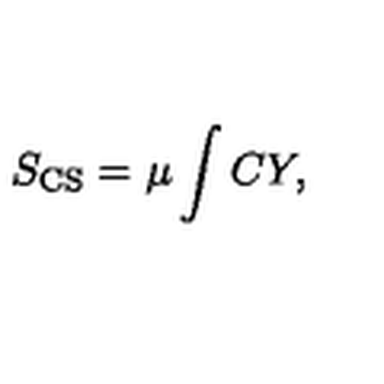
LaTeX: S _ { \mathrm { C S } } = \mu \int C Y ,